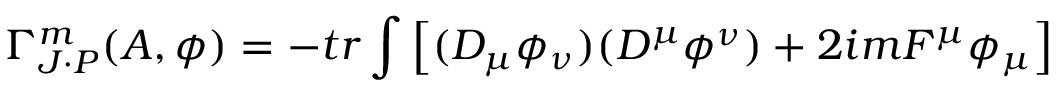
\Gamma _ { J \cdot P } ^ { m } ( A , \phi ) = - t r \int \left[ ( D _ { \mu } \phi _ { \nu } ) ( D ^ { \mu } \phi ^ { \nu } ) + 2 i m F ^ { \mu } \phi _ { \mu } \right]